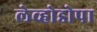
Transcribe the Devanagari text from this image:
लेव्होडोपा